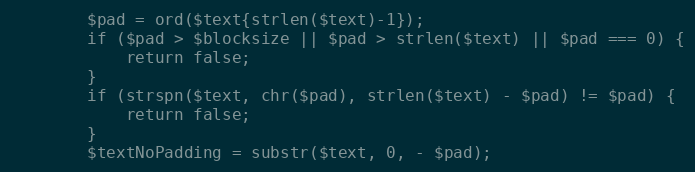
Language: PHP
        $pad = ord($text{strlen($text)-1});
        if ($pad > $blocksize || $pad > strlen($text) || $pad === 0) {
            return false;
        }
        if (strspn($text, chr($pad), strlen($text) - $pad) != $pad) {
            return false;
        }
        $textNoPadding = substr($text, 0, - $pad);